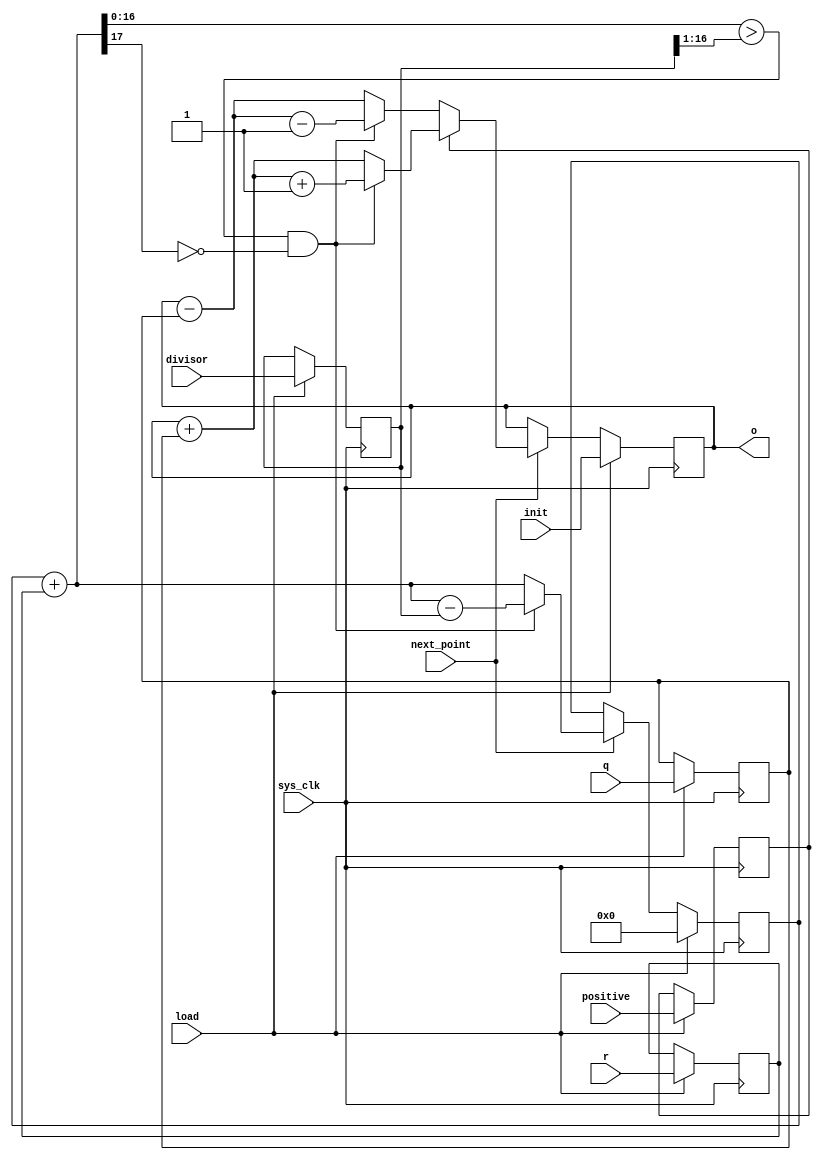
module tmu2_geninterp18(
	input sys_clk,

	input load,
	input next_point,
	input signed [17:0] init,
	input positive,
	input [16:0] q,
	input [16:0] r,
	input [16:0] divisor,

	output signed [17:0] o
);

reg positive_r;
reg [16:0] q_r;
reg [16:0] r_r;
reg [16:0] divisor_r;

always @(posedge sys_clk) begin
	if(load) begin
		positive_r <= positive;
		q_r <= q;
		r_r <= r;
		divisor_r <= divisor;
	end
end

reg [17:0] err;
reg correct;
reg signed [17:0] o_r;
assign o = o_r;

always @(posedge sys_clk) begin
	if(load) begin
		err = 18'd0;
		o_r = init;
	end else if(next_point) begin
		err = err + r_r;
		correct = (err[16:0] > {1'b0, divisor_r[16:1]}) & ~err[17];
		if(positive_r) begin
			o_r = o_r + {1'b0, q_r};
			if(correct)
				o_r = o_r + 18'd1;
		end else begin
			o_r = o_r - {1'b0, q_r};
			if(correct)
				o_r = o_r - 18'd1;
		end
		if(correct)
			err = err - {1'b0, divisor_r};
	end
end

endmodule